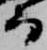
而